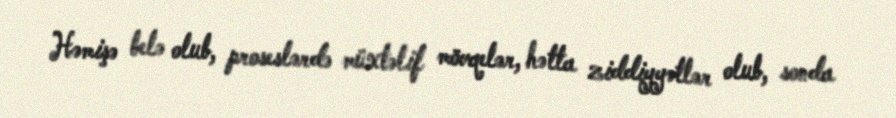
Həmişə belə olub, proseslərdə müxtəlif mövqelər, hətta ziddiyyətlər olub, sonda